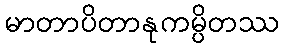
မာတာပိတာနုကမ္ပိတဿ